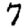
Digit: 7